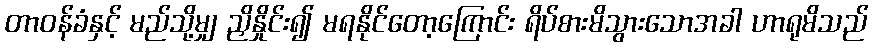
တာဝန်ခံနှင့် မည်သို့မျှ ညှိနှိုင်း၍ မရနိုင်တော့ကြောင်း ရိပ်စားမိသွားသောအခါ ဟာရုမိသည်